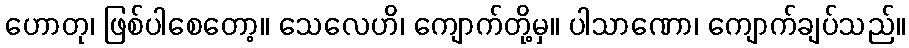
ဟောတု၊ ဖြစ်ပါစေတော့။ သေလေဟိ၊ ကျောက်တို့မှ။ ပါသာဏော၊ ကျောက်ချပ်သည်။